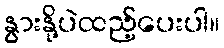
နွားနို့ပဲထည့်ပေးပါ။